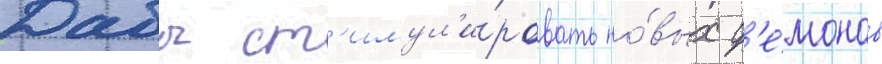
Дабы ст'имул'и́ровать но́вых д'е́монов